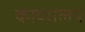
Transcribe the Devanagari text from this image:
काव्यालय